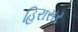
હિરાસર